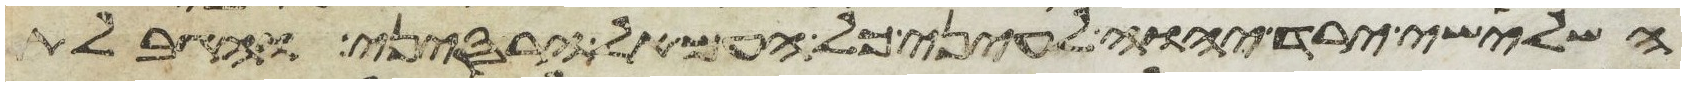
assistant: השלישי ירד יהוה לעיני כל העם אל הר סיני והגבלת